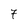
Character: 7